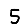
Digit: 5